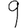
Digit: 9